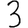
Digit: 3